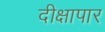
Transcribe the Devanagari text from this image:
दीक्षापार